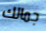
جمالك